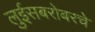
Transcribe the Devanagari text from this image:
लुईसबरोबरचे